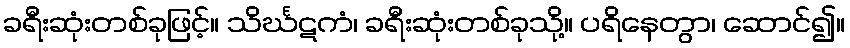
ခရီးဆုံးတစ်ခုဖြင့်။ သိင်္ဃဋကံ၊ ခရီးဆုံးတစ်ခုသို့။ ပရိနေတွာ၊ ဆောင်၍။